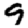
Digit: 9